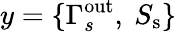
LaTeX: y=\{ \Gamma_{s}^{\mathrm{out}},~S_{\mathrm{s}}\}